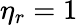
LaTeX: \eta_{r}=1